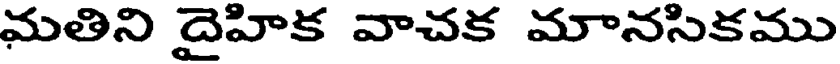
మతిని దైహిక వాచక మానసికము